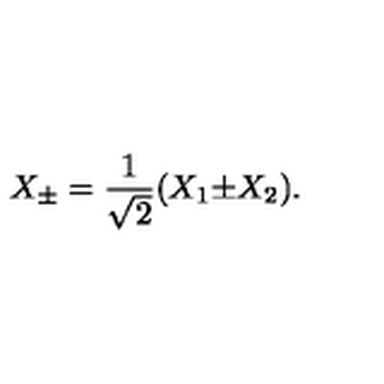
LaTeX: X _ { \pm } = { \frac { 1 } { \sqrt { 2 } } } ( X _ { 1 } { \pm } X _ { 2 } ) .